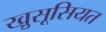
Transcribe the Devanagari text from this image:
खु़सूसियत